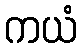
ကယံ